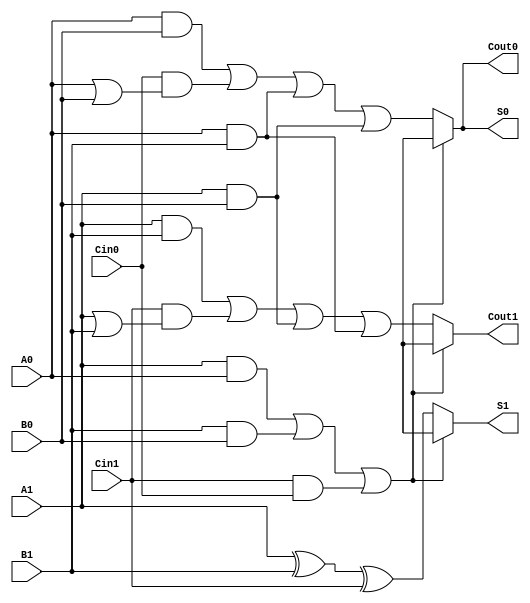
module dual_rail_full_adder (
    input wire A1, A0,  // Dual-rail representation of input A
    input wire B1, B0,  // Dual-rail representation of input B
    input wire Cin1, Cin0, // Dual-rail representation of carry-in
    output reg S1, S0,  // Dual-rail representation of sum output S
    output reg Cout1, Cout0 // Dual-rail representation of carry-out output Cout
);

    // Combinational logic for sum output
    always @(*) begin
        // Check for invalid states
        if ((A1 & A0) || (B1 & B0) || (Cin1 & Cin0)) begin
            S1 = 1'bx; // Invalid state
            S0 = 1'bx; // Invalid state
        end else begin
            S1 = A1 ^ B1 ^ Cin1; // S1 = A1 XOR B1 XOR Cin1
            S0 = (A0 & B0) | (Cin0 & (A0 | B0)) | (A0 & B1) | (A1 & B0); // S0 logic
        end
    end

    // Combinational logic for carry output
    always @(*) begin
        // Check for invalid states
        if ((A1 & A0) || (B1 & B0) || (Cin1 & Cin0)) begin
            Cout1 = 1'bx; // Invalid state
            Cout0 = 1'bx; // Invalid state
        end else begin
            Cout1 = (A1 & B1) | (Cin1 & (A1 | B1)) | (A1 & B0) | (A0 & B1); // Cout1 logic
            Cout0 = (A0 & B0) | (Cin0 & (A0 | B0)) | (A0 & B1) | (A1 & B0); // Cout0 logic
        end
    end

endmodule